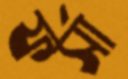
ফর্সা